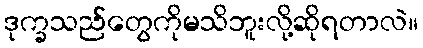
ဒုက္ခသည်တွေကိုမသိဘူးလို့ဆိုရတာလဲ။